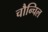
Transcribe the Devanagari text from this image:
चौन्चिल